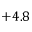
+ 4 . 8